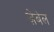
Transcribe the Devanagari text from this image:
ज़ेबेल